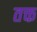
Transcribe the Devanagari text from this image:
तक्त